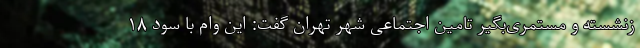
زنشسته و مستمری‌بگیر تامین اجتماعی شهر تهران گفت: این وام با سود ۱۸